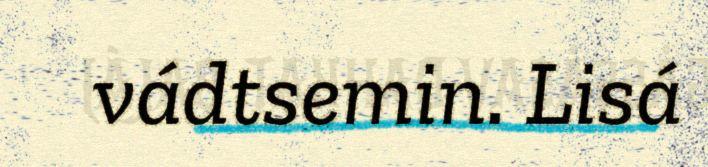
vádtsemin. Lisá